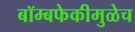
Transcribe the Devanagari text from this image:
बॉम्बफेकीमुळेच